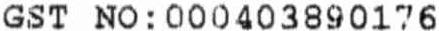
GST NO : 000403890176